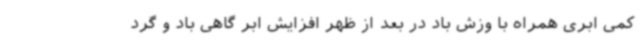
کمی ابری همراه با وزش باد در بعد از ظهر افزایش ابر گاهی باد و گرد